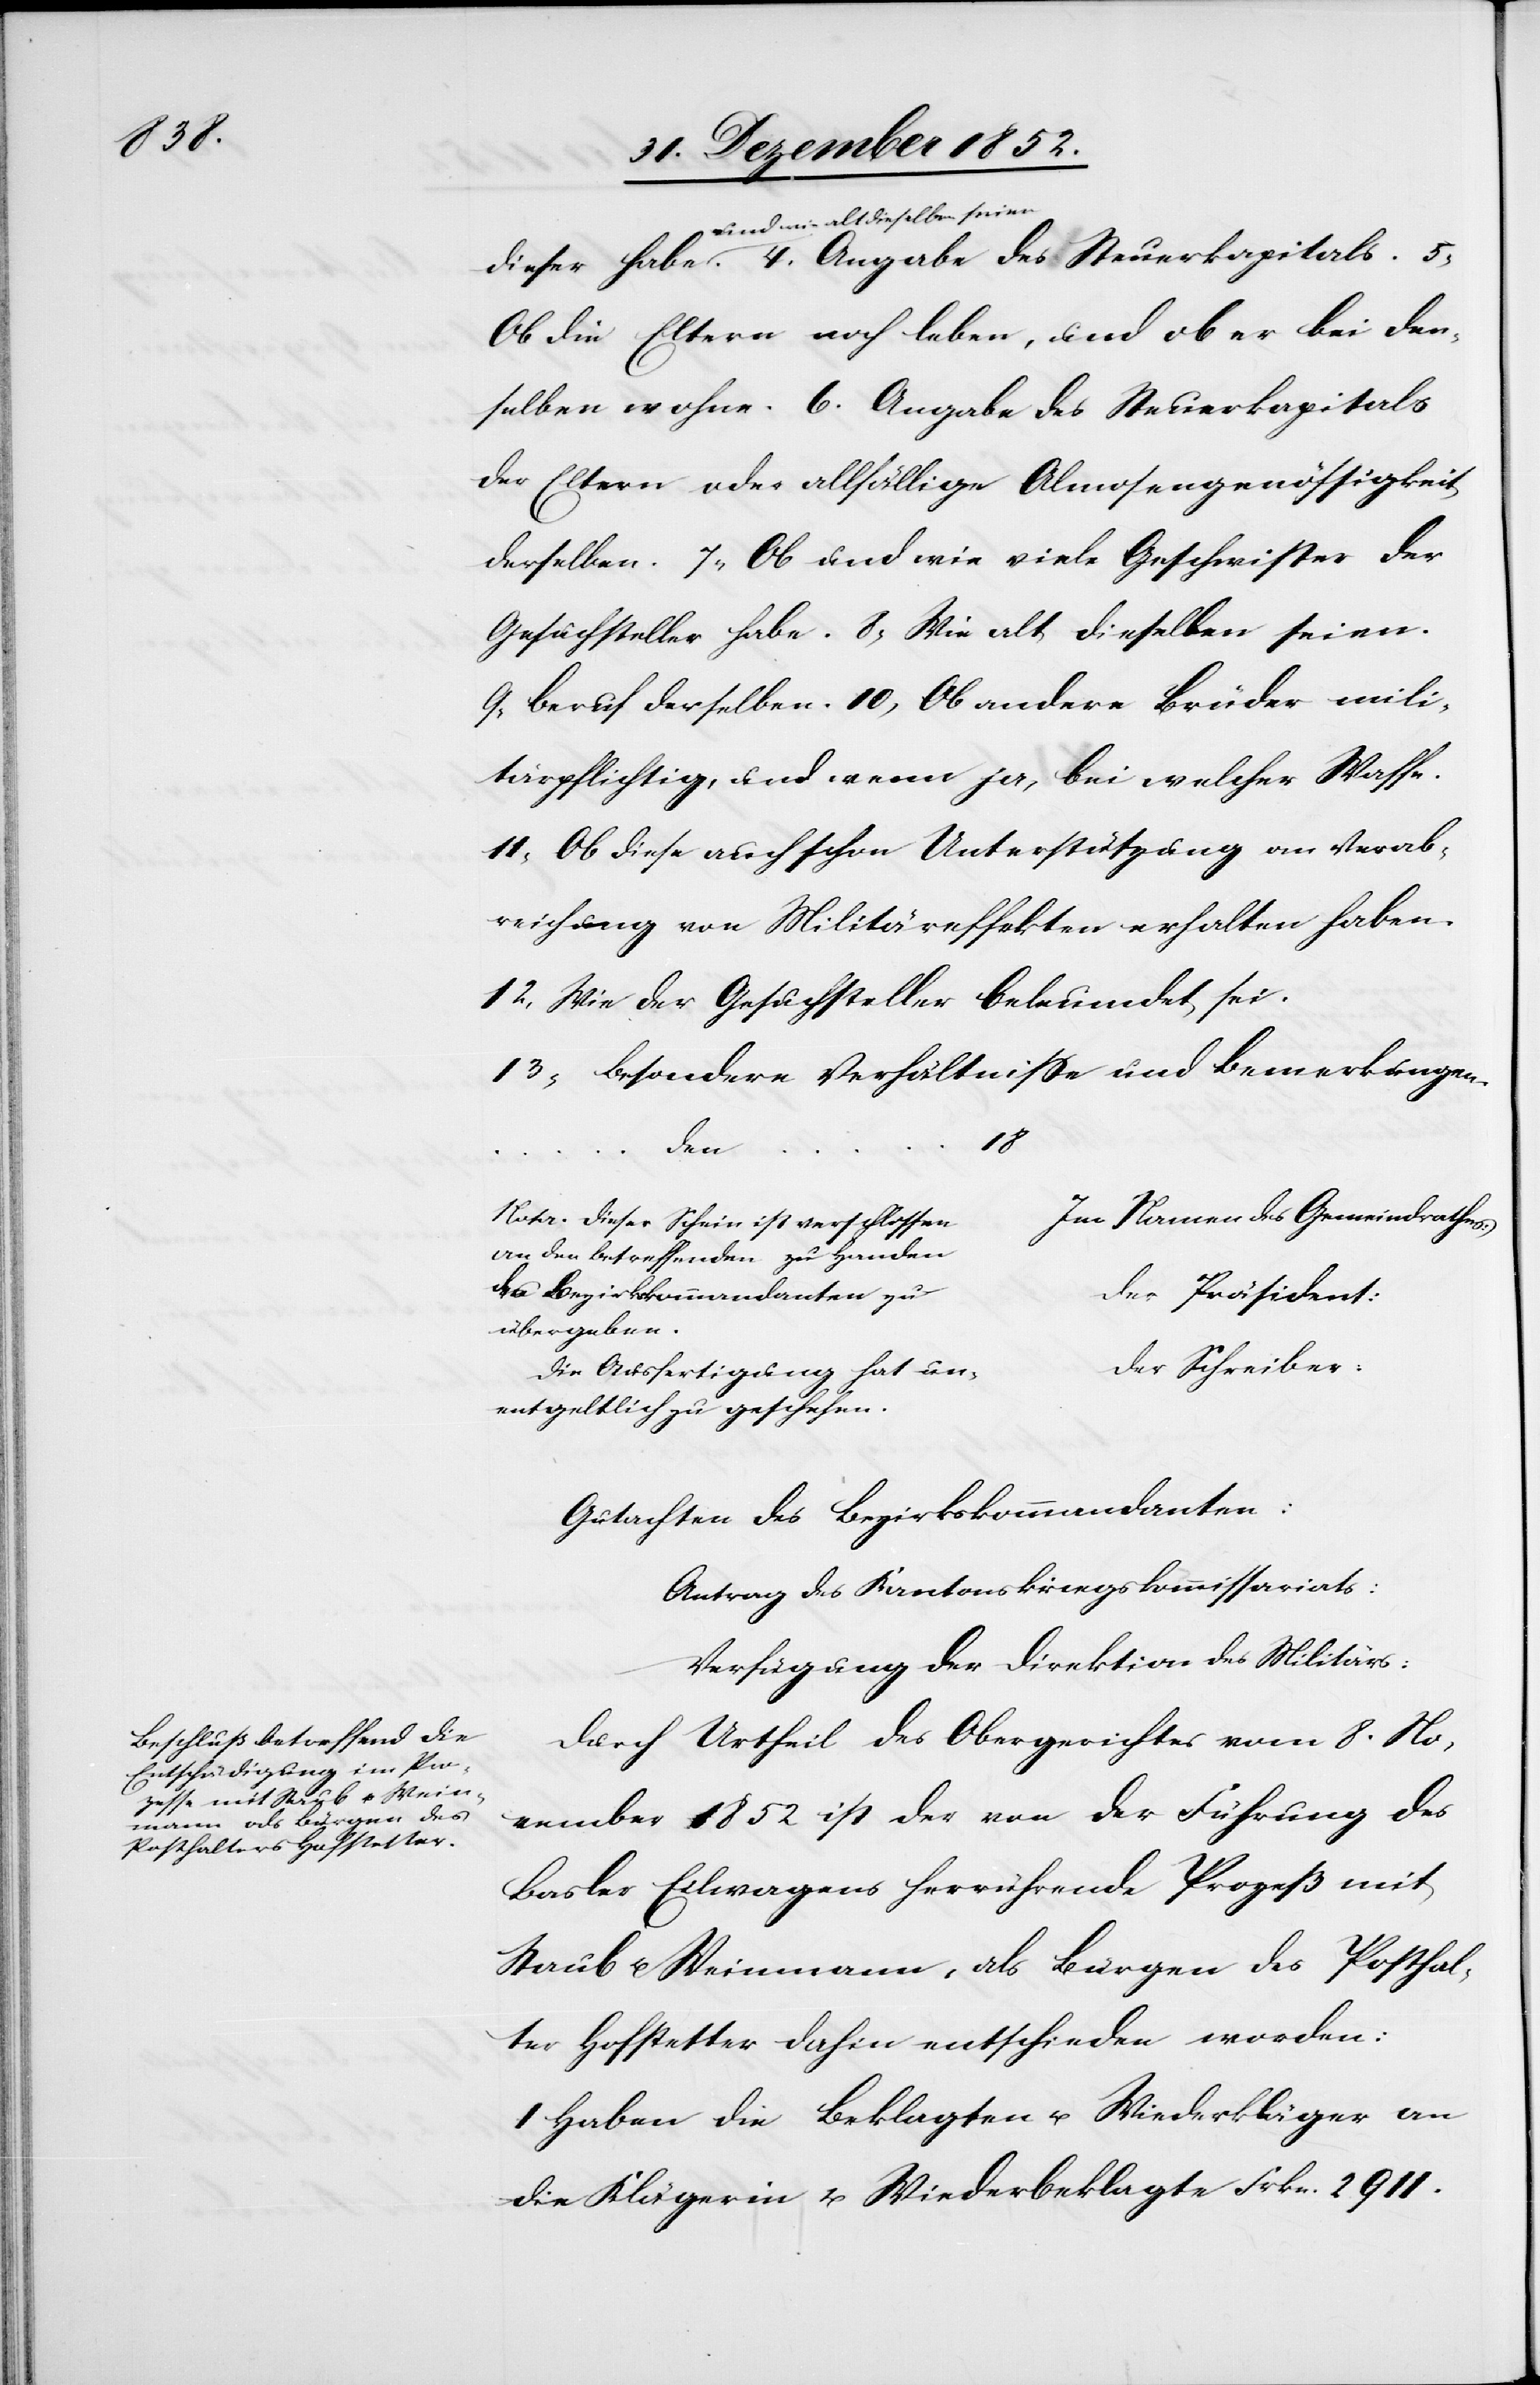
und wie alt dieselben seien.
Ob die Eltern noch leben, und ob er bei den¬
selben wohne. 6. Angabe des Steuerkapitals
der Eltern oder allfällige Almosengenössigkeit
derselben. 7, Ob und wie viele Geschwister der
Gesuchsteller habe. 8, Wie alt dieselben seien.
9, Beruf derselben. 10, Ob andere Brüder mili¬
tärpflichtig, und wenn ja, bei welcher Waffe.
11, Ob diese auch schon Unterstützung an Verab¬
reichung von Militäreffekten erhalten haben.
12, Wie der Gesuchsteller beleumdet sei.
13, Besondere Verhältnisse und Bemerkungen.
18…
den
Im Namen des Gemeindrathes:
Note. Dieser Schein ist verschlossen
an den Betreffenden zu Handen
des Bezirkskommandanten zu
Der Präsident:
übergeben.
Der Schreiber:
Die Ausfertigung hat un¬
entgeltlich zu geschehen.
Gutachten des Bezirkskommandanten:
Antrag des Kantonskriegskommissariats:
Verfügung der Direktion des Militärs:
Durch Urtheil des Obergerichtes vom 8. No¬
vember 1852 ist der von der Führung des
Basler Eilwagens herrührende Prozeß mit
Staub u. Weinmann, als Bürgen des Posthal¬
ter Hofstetter dahin entschieden worden:
I Haben die Beklagten u. Wiederkläger an
die Klägerin u. Wiederbeklagte Frkn. 2911.